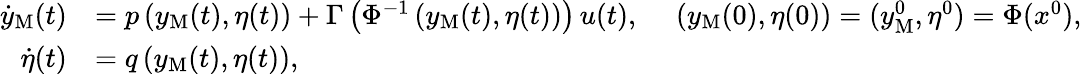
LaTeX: \begin{array}{rl}{\dot{y}_{\mathrm{M}}(t)}&{=p\left(y_{\mathrm{M}}(t),\eta(t)\right)+\Gamma\left(\Phi^{-1}\left(y_{\mathrm{M}}(t),\eta(t)\right)\right)\, u(t),\quad\ (y_{\mathrm{M}}(0),\eta(0))=(y_{\mathrm{M}}^{0},\eta^{0})=\Phi(x^{0}),}\\ {\dot{\eta}(t)}&{=q\left(y_{\mathrm{M}}(t),\eta(t)\right),}\end{array}